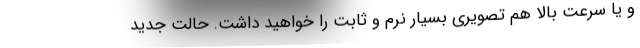
و یا سرعت بالا هم تصویری بسیار نرم و ثابت را خواهید داشت. حالت جدید